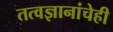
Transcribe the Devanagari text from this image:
तत्वज्ञानांचेही